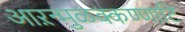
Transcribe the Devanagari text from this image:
आऱन्मुळक्कण्णाटि